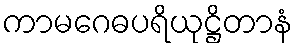
ကာမဂေဓပရိယုဋ္ဌိတာနံ